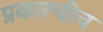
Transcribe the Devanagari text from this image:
प्रकारचीच